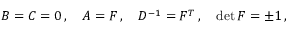
B = C = 0 \, , \quad A = F \, , \quad D ^ { - 1 } = F ^ { T } \, , \quad \operatorname * { d e t } F = \pm 1 \, ,